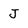
Character: J